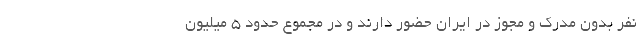
نفر بدون مدرک و مجوز در ایران حضور دارند و در مجموع حدود ۵ میلیون